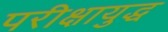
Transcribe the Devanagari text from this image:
परीक्षायुद्ध